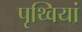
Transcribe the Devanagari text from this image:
पृथ्वियां